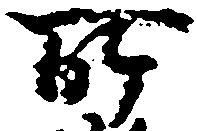
所